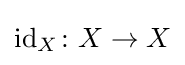
{\text{id}}_{X}\colon X\to X